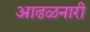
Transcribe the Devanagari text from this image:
आढळनारी